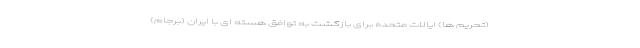
(تحریم ها) ایالات متحده برای بازگشت به توافق هسته ای با ایران (برجام)